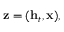
\begin{array} { r } { \mathbf { z } = ( \mathbf { h } _ { t } , \mathbf { x } ) , } \end{array}